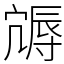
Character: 䢇